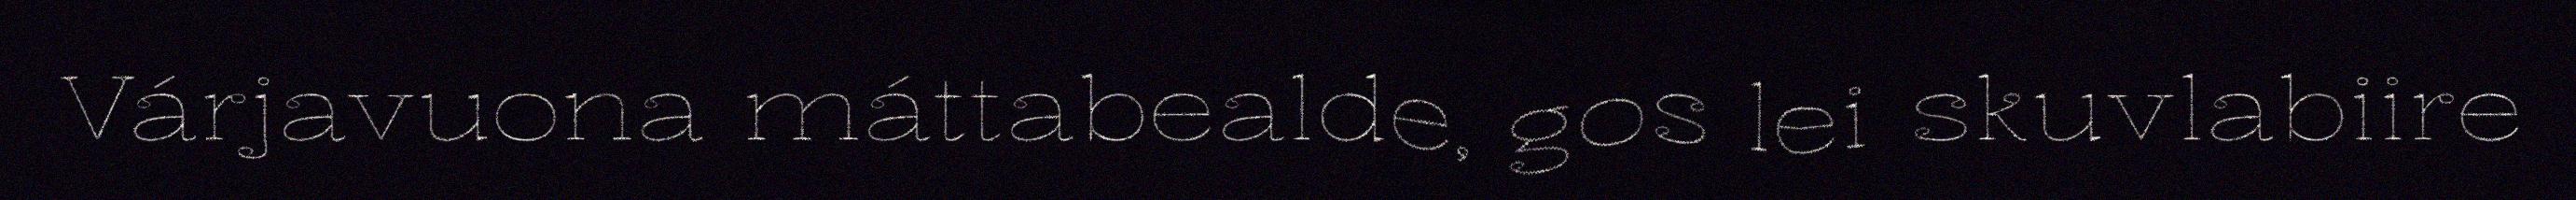
Várjavuona máttabealde, gos lei skuvlabiire